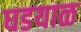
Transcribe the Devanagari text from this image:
घडयाळ